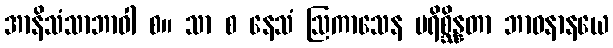
အာနိသံသာဘာဝါ စ။ သာ စ နေသံ ဩကာသေန ပရိစ္ဆိန္နတာ ဘာဝနာနယေ